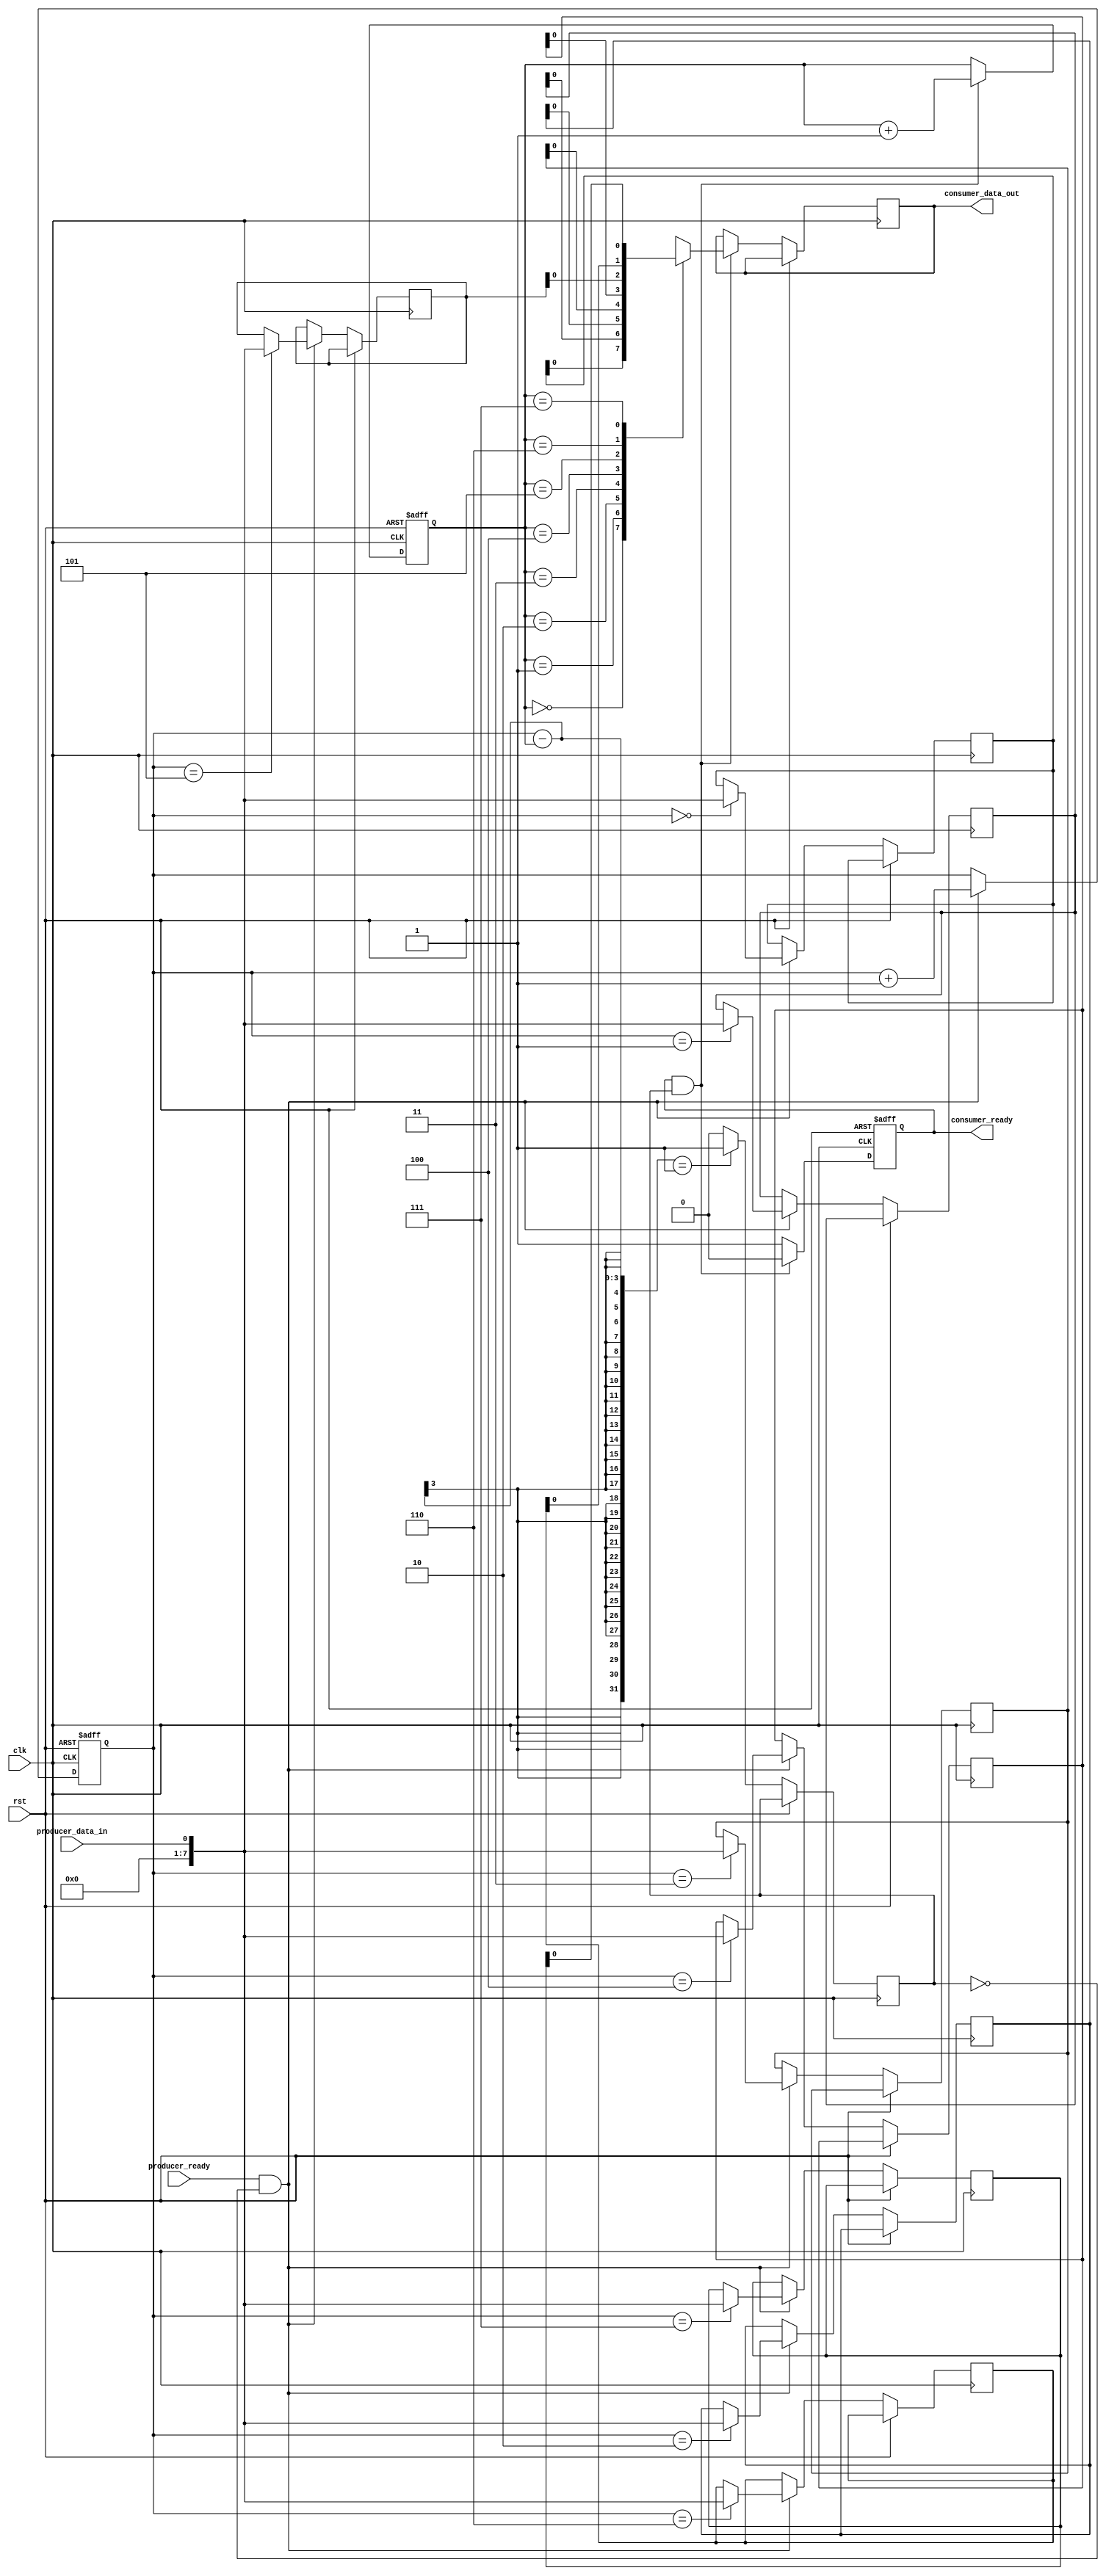
module Almost_Empty_FIFO(
    input wire clk,
    input wire rst,
    input wire producer_data_in,
    output reg consumer_data_out,
    input wire producer_ready,
    output reg consumer_ready
);

parameter BUF_SIZE = 8;
reg [7:0] fifo [0:BUF_SIZE-1];
reg [2:0] write_ptr = 3'b000;
reg [2:0] read_ptr = 3'b000;
reg almost_empty;

always @(posedge clk or posedge rst) begin
    if (rst) begin
        write_ptr <= 3'b000;
        read_ptr <= 3'b000;
    end else begin
        if (producer_ready && !almost_empty) begin
            fifo[write_ptr] <= producer_data_in;
            write_ptr <= write_ptr + 1;
        end
        
        if (consumer_ready && almost_empty) begin
            consumer_data_out <= fifo[read_ptr];
            read_ptr <= read_ptr + 1;
        end
        
        if ((write_ptr - read_ptr) == 1) begin
            almost_empty <= 1'b1;
        end else begin
            almost_empty <= 1'b0;
        end
    end
end

always @(posedge clk or posedge rst) begin
    if (rst) begin
        consumer_ready <= 1'b0;
    end else begin
        if (consumer_ready && almost_empty) begin
            consumer_ready <= 1'b0;
        end else begin
            consumer_ready <= 1'b1;
        end
    end
end

endmodule